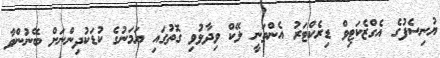
ޔުނިސެފުގެ އެގްޒެކަޓިވް ޑިރެކްޓަރު އެންތަނީ ލޭކް ވިދާޅުވި ގޮތުގައި ޔަމަނުގެ ކުޑަކުދިންނަށް ބޭނުންވާ